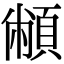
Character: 𩓝